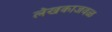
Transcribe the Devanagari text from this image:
लेखकाजवळ